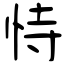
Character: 恃